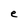
Character: e